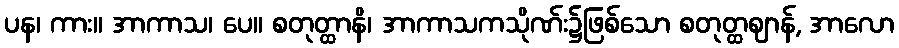
ပန၊ ကား။ အာကာသ၊ ပေ။ စတုတ္ထာနိ၊ အာကာသကသိုဏ်း၌ဖြစ်သော စတုတ္ထဈာန်, အာလော